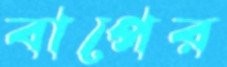
বাপের